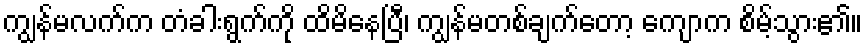
ကျွန်မလက်က တံခါးရွက်ကို ထိမိနေပြီ၊ ကျွန်မတစ်ချက်တော့ ကျောက စိမ့်သွား၏။